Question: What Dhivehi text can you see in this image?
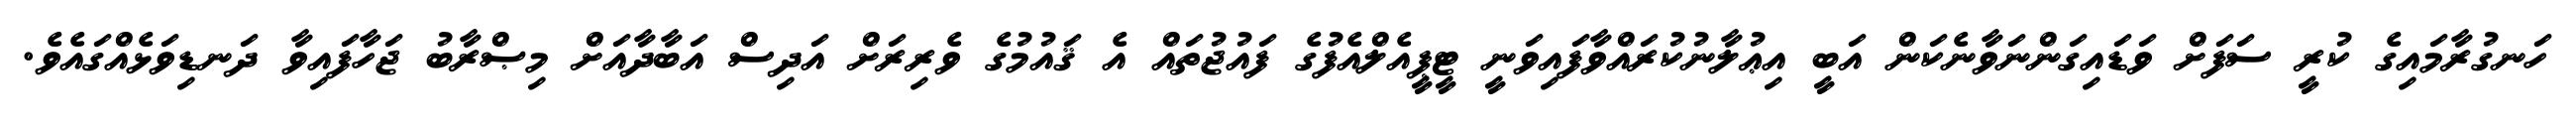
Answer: ހަނގުރާމައިގެ ކުރީ ސަފަށް ވަޑައިގަންނަވާނެކަން އަބީ އިޢުލާނުކުރައްވާފައިވަނީ ޓީޕީއެލްއެފުގެ ފައުޖުތައް އެ ޤައުމުގެ ވެރިރަށް އަދިސް އަބާދާއަށް މިޞްރާބު ޖަހާފައިވާ ދަނޑިވަޅެއްގައެވެ.